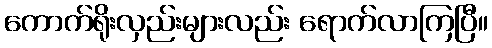
ကောက်ရိုးလှည်းများလည်း ရောက်လာကြပြီ။